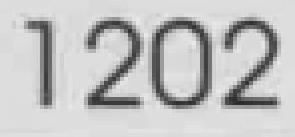
1202